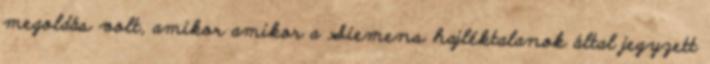
megoldás volt, amikor amikor a Siemens hajléktalanok által jegyzett